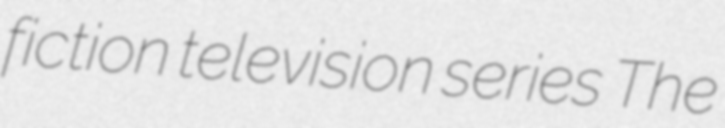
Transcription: fiction television series The